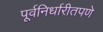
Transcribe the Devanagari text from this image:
पूर्वनिर्धारीतपणे